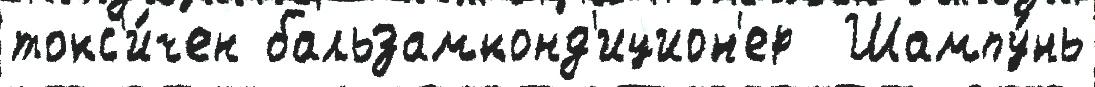
токс'и́чен бальзамконд'ицион'ер  Шампу́нь